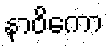
နာဝိကော